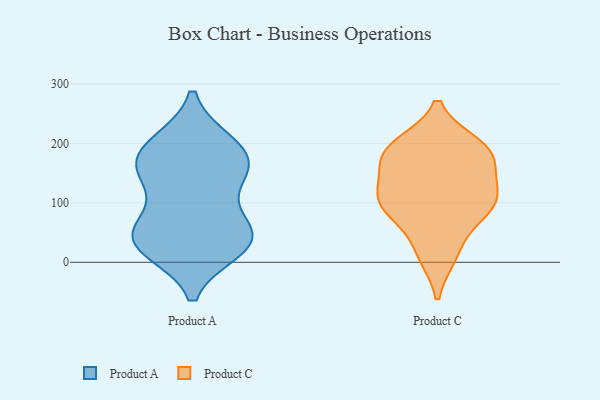
{"axis": {"x": "Energy Usage (MWh)", "y": "Value"}, "legend": ["Product A", "Product C"], "data": [{"x": "", "y": 71, "type": "Product A"}, {"x": "", "y": 36, "type": "Product A"}, {"x": "", "y": 159, "type": "Product A"}, {"x": "", "y": 200, "type": "Product A"}, {"x": "", "y": 36, "type": "Product A"}, {"x": "", "y": 26, "type": "Product A"}, {"x": "", "y": 45, "type": "Product A"}, {"x": "", "y": 144, "type": "Product A"}, {"x": "", "y": 191, "type": "Product A"}, {"x": "", "y": 151, "type": "Product A"}, {"x": "", "y": 196, "type": "Product A"}, {"x": "", "y": 57, "type": "Product A"}, {"x": "", "y": 154, "type": "Product A"}, {"x": "", "y": 23, "type": "Product A"}, {"x": "", "y": 181, "type": "Product C"}, {"x": "", "y": 161, "type": "Product C"}, {"x": "", "y": 118, "type": "Product C"}, {"x": "", "y": 18, "type": "Product C"}, {"x": "", "y": 187, "type": "Product C"}, {"x": "", "y": 12, "type": "Product C"}, {"x": "", "y": 186, "type": "Product C"}, {"x": "", "y": 119, "type": "Product C"}, {"x": "", "y": 190, "type": "Product C"}, {"x": "", "y": 91, "type": "Product C"}, {"x": "", "y": 81, "type": "Product C"}, {"x": "", "y": 89, "type": "Product C"}, {"x": "", "y": 197, "type": "Product C"}, {"x": "", "y": 124, "type": "Product C"}, {"x": "", "y": 96, "type": "Product C"}]}